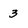
Character: 3